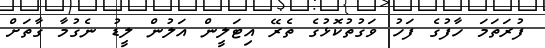
ފުރަތަމަ ހާފުގެ ފަހު ވަގުތުކޮޅުގެ ތެރޭ އިޓަލީން އަލުން ލީޑު ނެގުމާ ގާތަށް